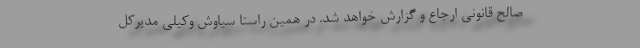
صالح قانونی ارجاع و گزارش خواهد شد. در همین راستا سیاوش وکیلی مدیرکل